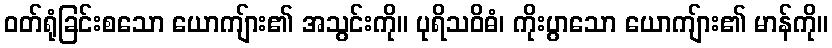
ဝတ်ရုံခြင်းစသော ယောကျ်ား၏ အသွင်းကို။ ပုရိသဝိဓံ၊ ကိုးပွာသော ယောကျ်ား၏ မာန်ကို။